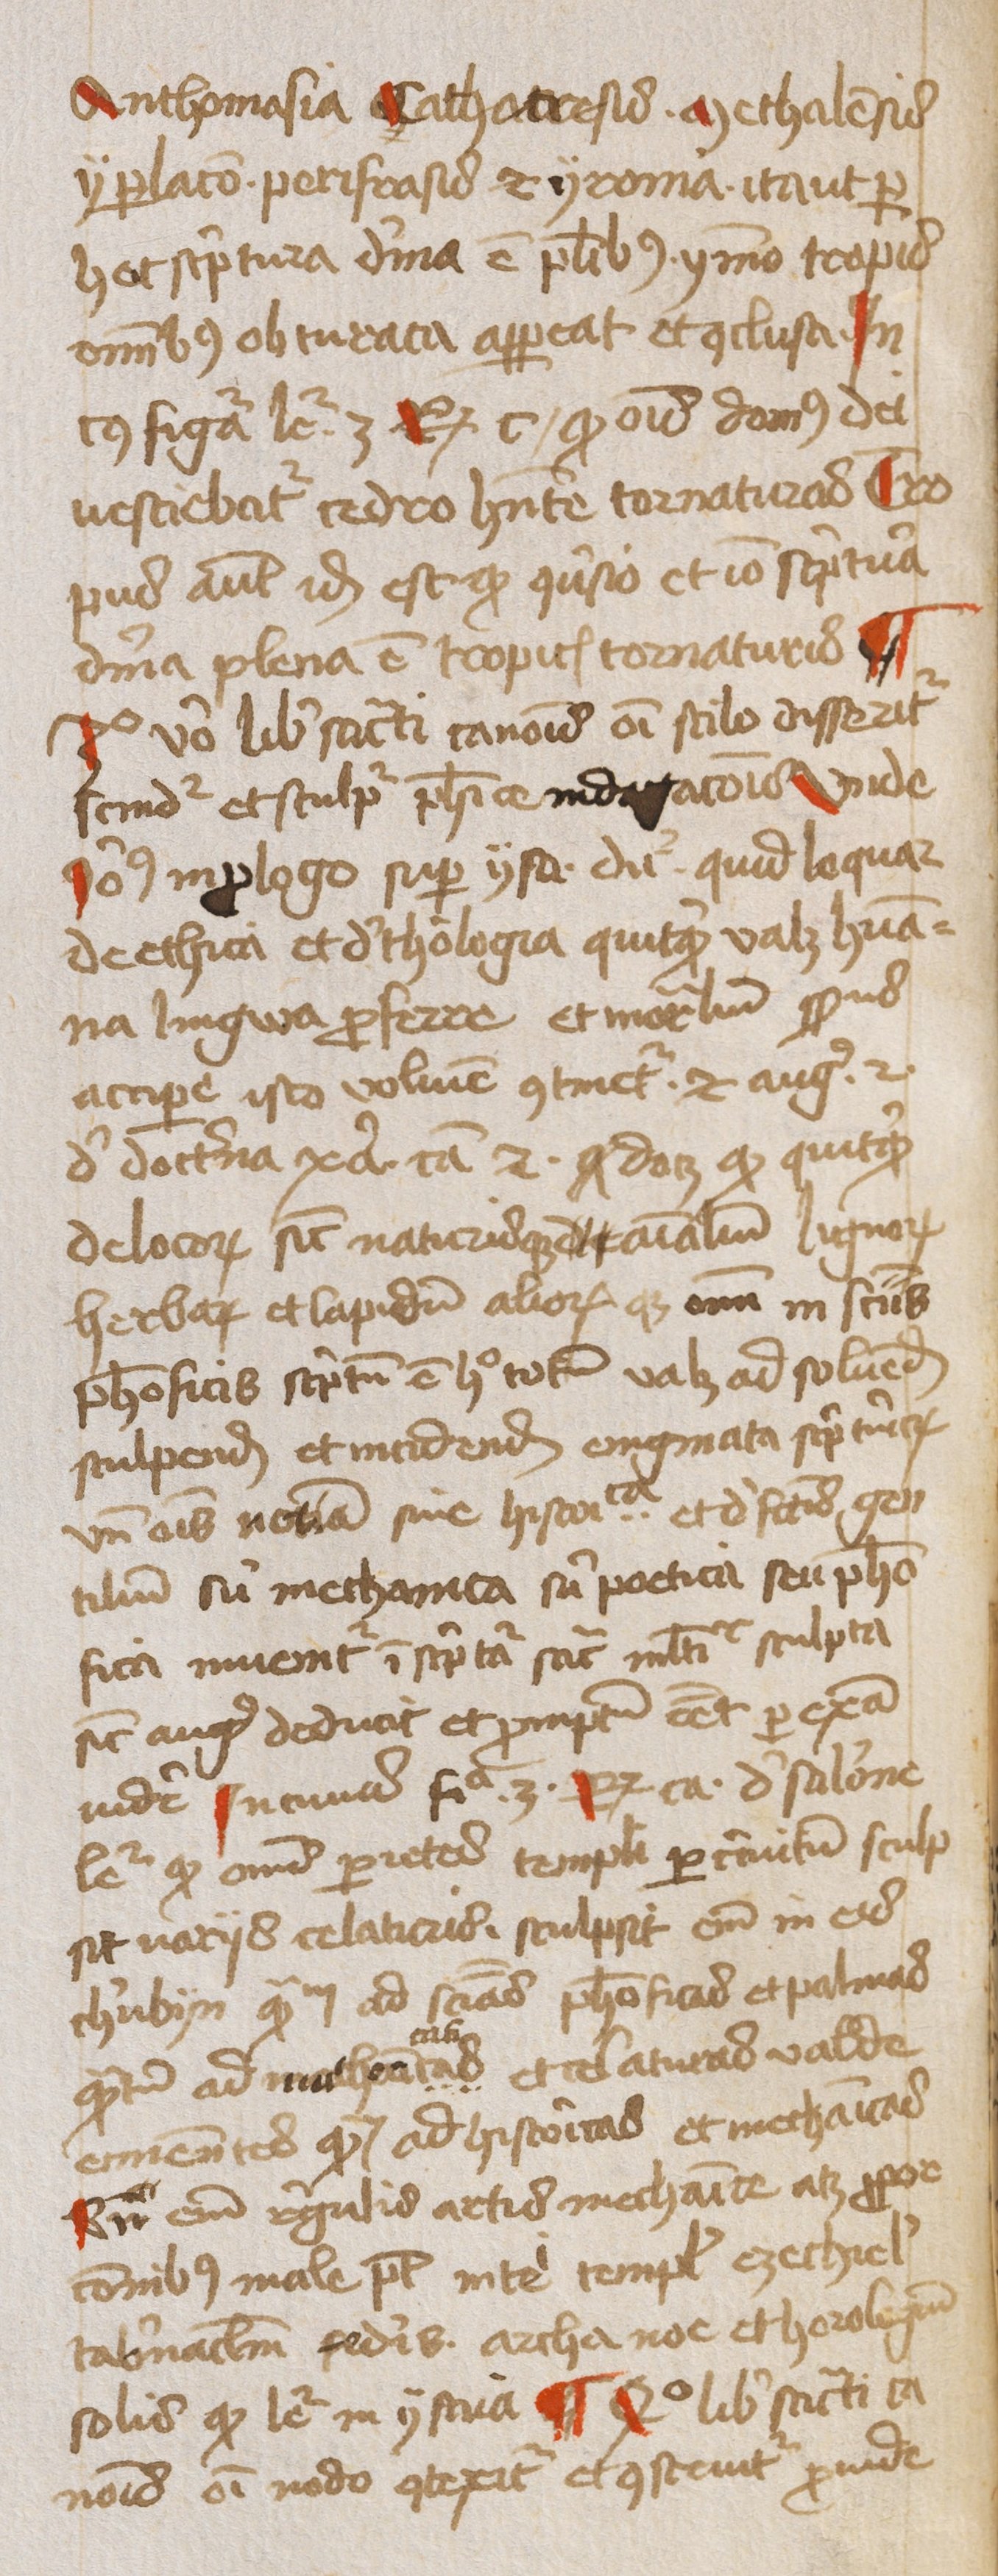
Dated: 1450–1474